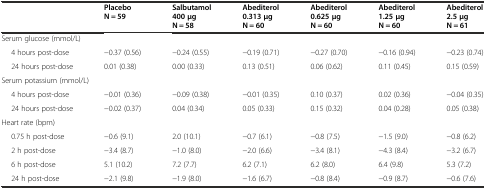
<table><thead><tr><td></td><td><b>Placebo N = 59</b></td><td><b>Salbutamol 400 μg N = 58</b></td><td><b>Abediterol 0.313 μg N = 60</b></td><td><b>Abediterol 0.625 μg N = 60</b></td><td><b>Abediterol 1.25 μg N = 60</b></td><td><b>Abediterol 2.5 μg N = 61</b></td></tr></thead><tbody><tr><td colspan="7">Serum glucose (mmol/L)</td></tr><tr><td>4 hours post-dose</td><td>-0.37 (0.56)</td><td>-0.24 (0.55)</td><td>-0.19 (0.71)</td><td>-0.27 (0.70)</td><td>-0.16 (0.94)</td><td>-0.23 (0.74)</td></tr><tr><td>24 hours post-dose</td><td>0.01 (0.38)</td><td>0.00 (0.33)</td><td>0.13 (0.51)</td><td>0.06 (0.62)</td><td>0.11 (0.45)</td><td>0.15 (0.59)</td></tr><tr><td colspan="7">Serum potassium (mmol/L)</td></tr><tr><td>4 hours post-dose</td><td>-0.01 (0.36)</td><td>-0.09 (0.38)</td><td>-0.01 (0.35)</td><td>0.10 (0.37)</td><td>0.02 (0.36)</td><td>-0.04 (0.35)</td></tr><tr><td>24 hours post-dose</td><td>-0.02 (0.37)</td><td>0.04 (0.34)</td><td>0.05 (0.33)</td><td>0.15 (0.32)</td><td>0.04 (0.28)</td><td>0.05 (0.38)</td></tr><tr><td colspan="7">Heart rate (bpm)</td></tr><tr><td>0.75 h post-dose</td><td>-0.6 (9.1)</td><td>2.0 (10.1)</td><td>-0.7 (6.1)</td><td>-0.8 (7.5)</td><td>-1.5 (9.0)</td><td>-0.8 (6.2)</td></tr><tr><td>2 h post-dose</td><td>-3.4 (8.7)</td><td>-1.0 (8.0)</td><td>-2.0 (6.6)</td><td>-3.4 (8.1)</td><td>-4.3 (8.4)</td><td>-3.2 (6.7)</td></tr><tr><td>6 h post-dose</td><td>5.1 (10.2)</td><td>7.2 (7.7)</td><td>6.2 (7.1)</td><td>6.2 (8.0)</td><td>6.4 (9.8)</td><td>5.3 (7.2)</td></tr><tr><td>24 h post-dose</td><td>-2.1 (9.8)</td><td>-1.9 (8.0)</td><td>-1.6 (6.7)</td><td>-0.8 (8.4)</td><td>-0.9 (8.7)</td><td>-0.6 (7.6)</td></tr></tbody></table>